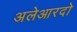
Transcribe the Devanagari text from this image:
अलेआरदो